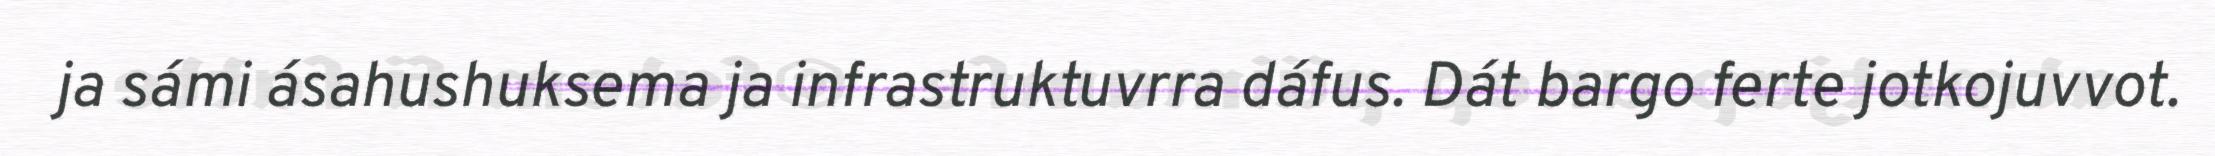
ja sámi ásahushuksema ja infrastruktuvrra dáfus. Dát bargo ferte jotkojuvvot.